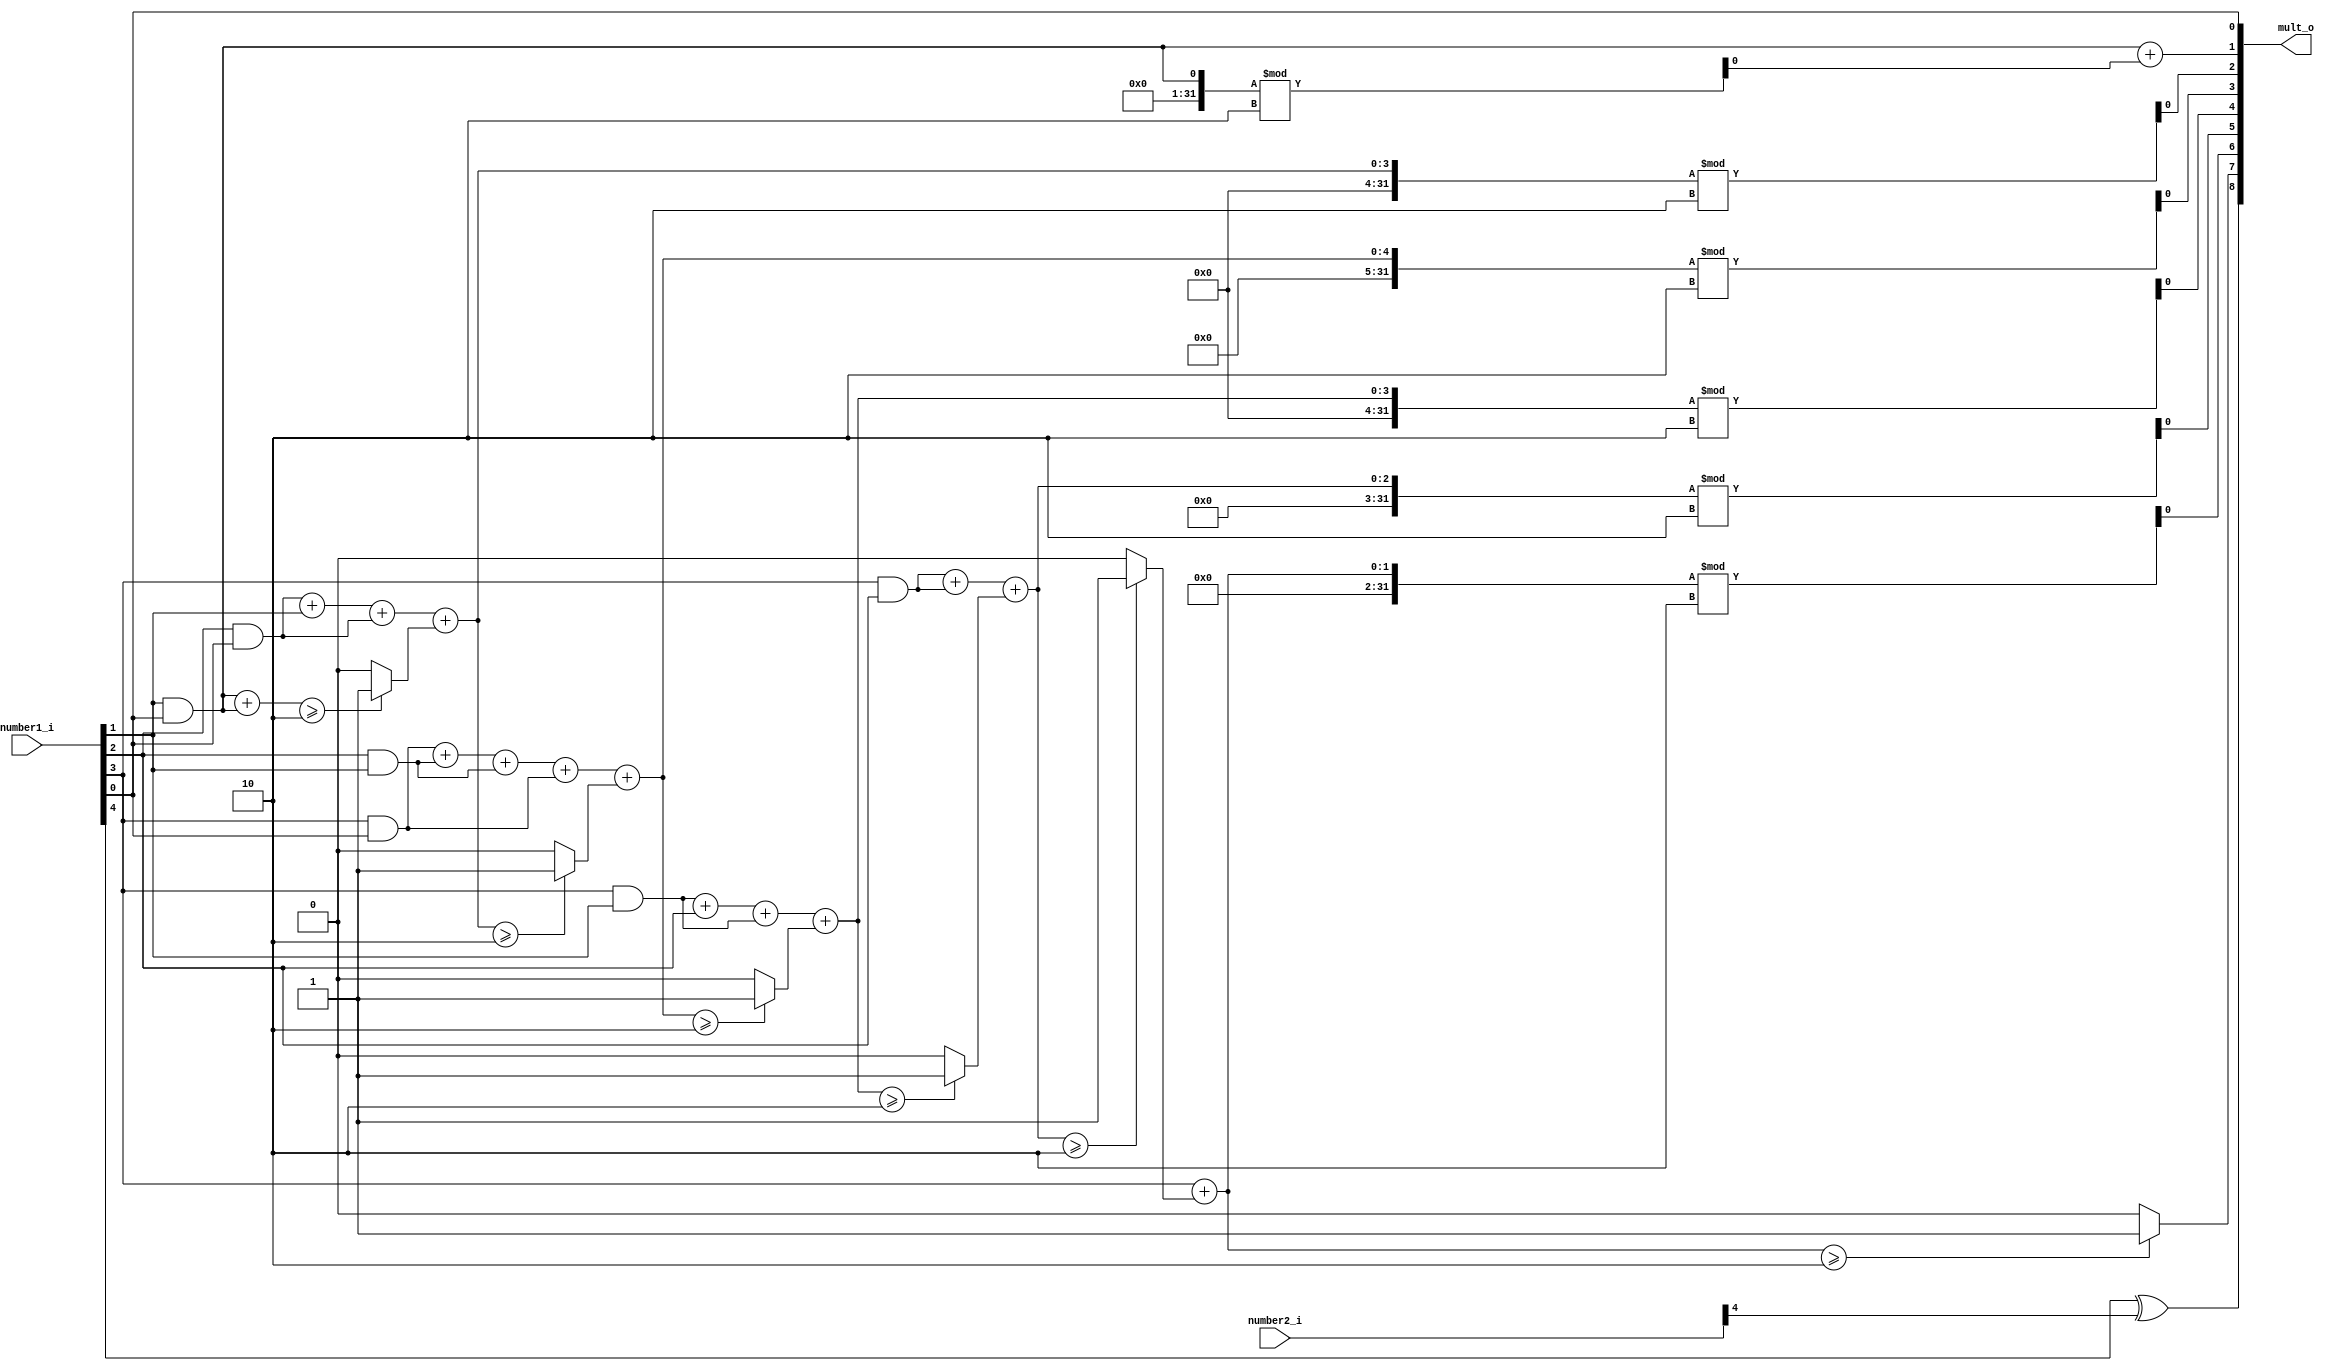
`timescale 1ns / 1ps

module soru1(
    input [4:0]number1_i,
    input [4:0]number2_i,
    output reg[8:0] mult_o
    );
    
    reg [3:0]sayi1_degeri, sayi2_degeri ;
    reg isaret_biti ;
    reg artan1,artan2,artan3,artan4,artan5,artan6 ;
    always@(*)begin
        sayi1_degeri = number1_i[3:0];
        sayi2_degeri = number1_i[3:0];
        isaret_biti = number1_i[4] ^ number2_i[4];
        
        mult_o[0] = sayi1_degeri[0] && sayi2_degeri[0];
        mult_o[1] = (sayi1_degeri[1] && sayi2_degeri[0]) + (sayi1_degeri[0] && sayi2_degeri[1]) % 2;
        if((sayi1_degeri[1] && sayi2_degeri[0]) + (sayi1_degeri[0] && sayi2_degeri[1] )>= 2)begin
            artan1 = 1 ;
        end
        else begin
            artan1 = 0 ;
        end
        mult_o[2] =  ((sayi1_degeri[2] && sayi2_degeri[0]) + (sayi1_degeri[1] &&  sayi2_degeri[1]) + (sayi1_degeri[0] && sayi2_degeri[2]) + (artan1) ) % 2 ;
        if( ((sayi1_degeri[2] && sayi2_degeri[0]) + (sayi1_degeri[1] &&  sayi2_degeri[1]) + (sayi1_degeri[0] && sayi2_degeri[2]) + (artan1))  >=2)begin
            artan2 = 1 ;
        end
        else begin
            artan2 = 0 ;
        end
        mult_o[3] = ((sayi1_degeri[3] && sayi2_degeri[0]) + (sayi1_degeri[2] && sayi2_degeri[1]) + (sayi1_degeri[1] && sayi2_degeri[2]) + (sayi1_degeri[0] && sayi2_degeri[3]) +(artan2)) % 2 ;
        if(((sayi1_degeri[3] && sayi2_degeri[0]) + (sayi1_degeri[2] && sayi2_degeri[1]) + (sayi1_degeri[1] && sayi2_degeri[2]) + (sayi1_degeri[0] && sayi2_degeri[3]) +(artan2)) >= 2)begin
            artan3 = 1 ;
        end
        else begin
            artan3 = 0 ;
        end
        mult_o[4] = ( (sayi1_degeri[3] && sayi2_degeri[1]) + (sayi1_degeri[2] && sayi2_degeri[2]) + (sayi1_degeri[1] && sayi2_degeri[3]) + (artan3) ) % 2 ;
        if(( (sayi1_degeri[3] && sayi2_degeri[1]) + (sayi1_degeri[2] && sayi2_degeri[2]) + (sayi1_degeri[1] && sayi2_degeri[3]) + (artan3) ) >= 2)begin
            artan4 = 1 ;
        end
        else begin
            artan4 = 0 ;
        end
        mult_o[5] = ( (sayi1_degeri[3] && sayi2_degeri[2]) + (sayi1_degeri[2] && sayi2_degeri[3]) + (artan4) )  % 2 ;
        if(( (sayi1_degeri[3] && sayi2_degeri[2]) + (sayi1_degeri[2] && sayi2_degeri[3]) + (artan4) ) >=2)begin
            artan5 = 1 ;
        end
        else begin
            artan5 = 0 ;
        end
        mult_o[6] = ((sayi1_degeri[3] && sayi2_degeri[3]) + artan5 ) % 2 ;
        if(((sayi1_degeri[3] && sayi2_degeri[3]) + artan5 ) >= 2)begin
            artan6 = 1 ;
        end
        else begin
            artan6 = 0 ;
        end
        mult_o[7] = artan6 ;
        mult_o[8] = isaret_biti ;
    end
    
endmodule